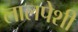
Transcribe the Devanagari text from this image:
लालपेशी